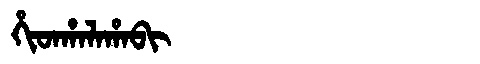
Manchu: ᡥᡳᡨᡥᠠᠯᠠᡥᠠᠪᡳ
Romanization: HITHALAHABI